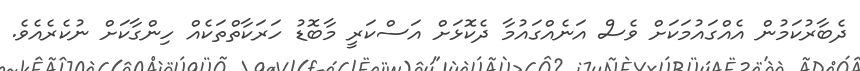
ދެބާރުކަމުން އެއްގައުމަކަށް ވެސް އަނެއްގައުމާ ދެކޮޅަށް އަސްކަރީ މާބޮޑު ހަރަކާތްތަކެއް ހިންގާކަށް ނުކެރެއެވެ.